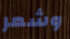
وشعر